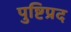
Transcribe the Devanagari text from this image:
पुष्टिप्रद